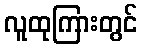
လူထုကြားတွင်